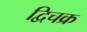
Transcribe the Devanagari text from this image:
द्विचक्र